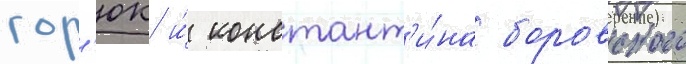
гор'юк и́ констант'и́на боровского